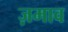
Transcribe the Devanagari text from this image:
ज़माव